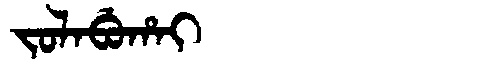
Manchu: ᠵᠣᠯᠠᠪᡠᡥᠠᡳ
Romanization: JOLABUHAI